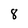
Character: 8